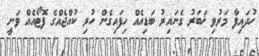
ހުދައިފާ މަރުވި ޚަބަރު ގެނައިރު ބަޑިއެއް ހިފައިގެން ހުރި ކުއްޖެއްގެ ފޮޓޯއެއް ވަނީ